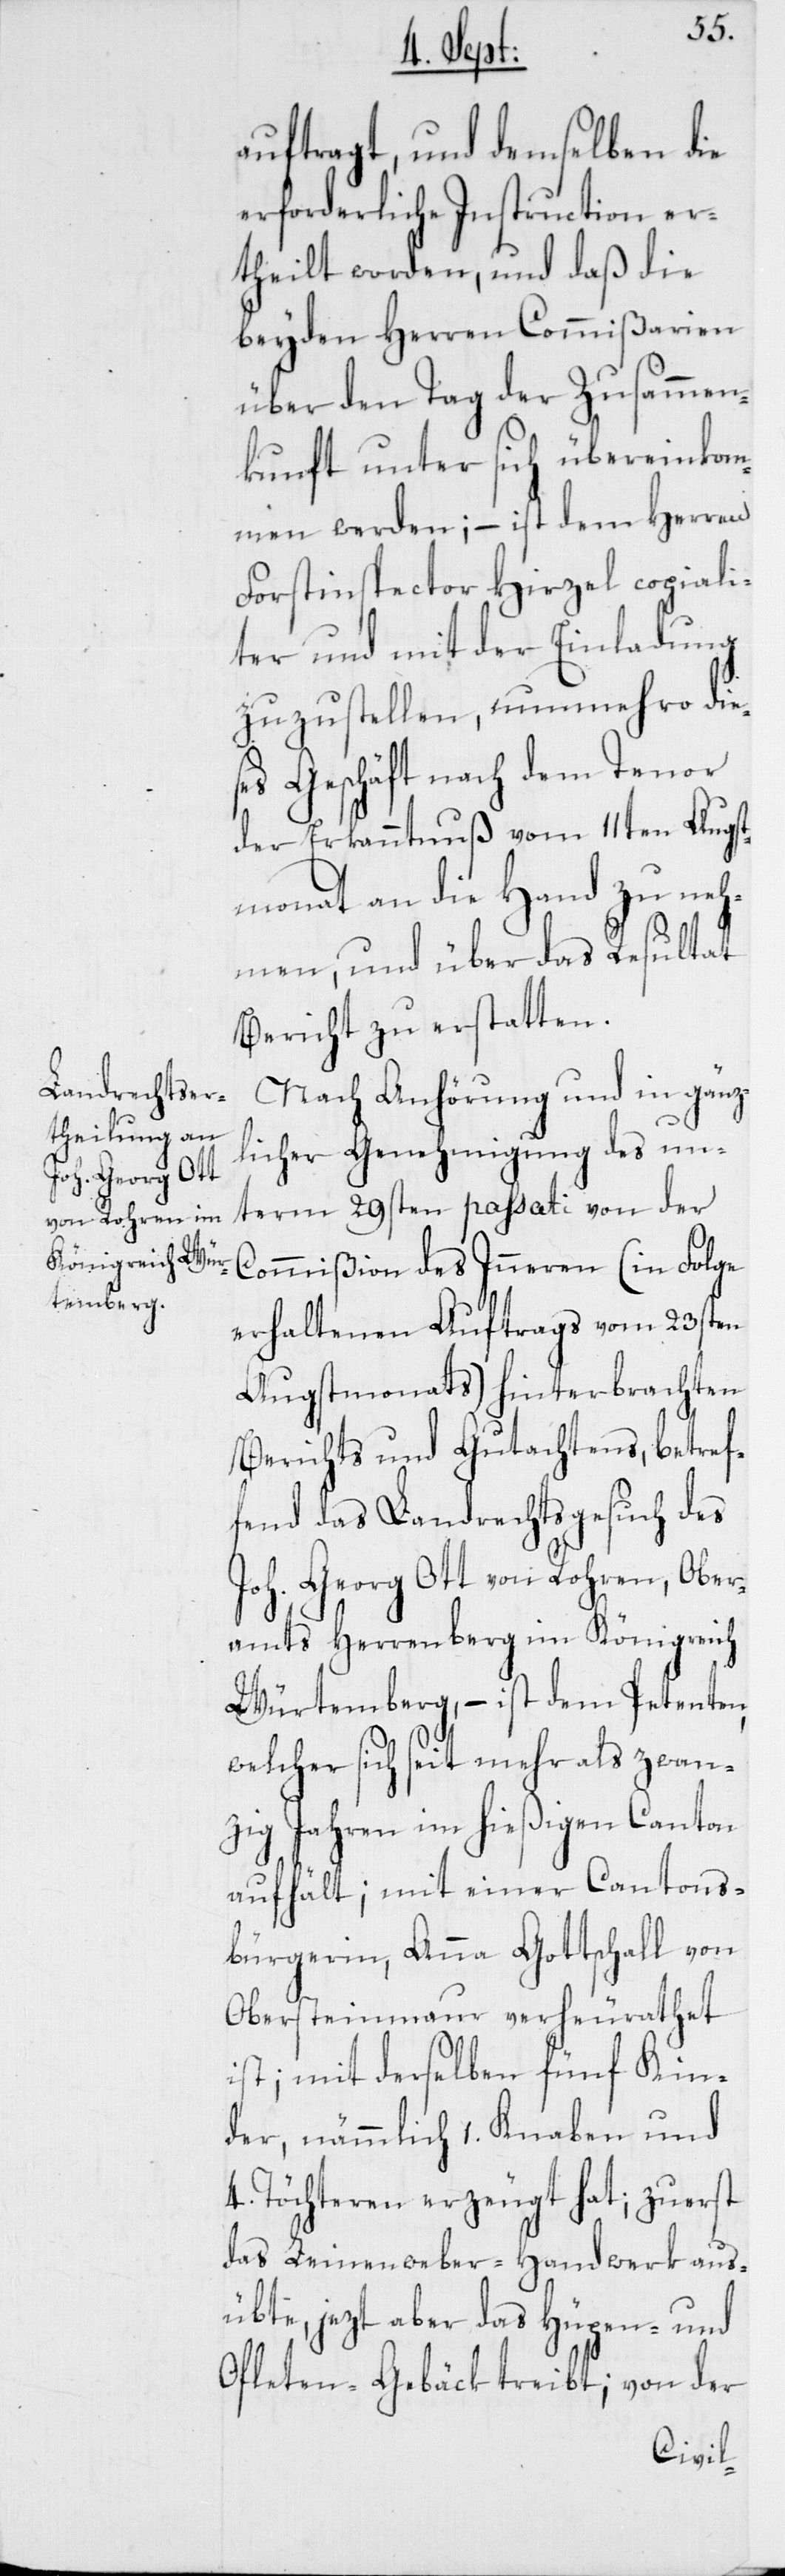
auftragt, und demselben die
erforderliche Instruction er¬
theilt worden, und daß die
beyden Herren Commißarien
über den Tag der Zusammen¬
kunft unter sich übereinkom¬
men werden; – ist dem Herren
Forstinspector Hirzel copiali¬
ter und mit der Einladung
zuzustellen, nunmehro dies¬
es Geschäft nach dem Tenor
der Erkanntnuß vom 11ten Augst¬
monat an die Hand zu neh¬
men, und über das Resultat
Bericht zu erstatten.
Nach Anhörung und in gänz¬
licher Genehmigung des un¬
term 29sten passati von der
Commißion des Inneren (in Folge
erhaltenen Auftrags vom 23sten
Augstmonats) hinterbrachten
Berichts und Gutachtens, betref¬
fend das Landrechtsgesuch des
Joh. Georg Ott von Rohren, Ober¬
amts Herrenberg im Königreich
Würtemberg, – ist dem Petenten,
welcher sich seit mehr als zwan¬
zig Jahren im hießigen Canton
aufhält; mit einer Cantons¬
bürgerin, Anna Gottschall von
Obersteinmaur verheurathet
ist; mit derselben fünf Kin¬
der, nämmlich 1. Knaben und
4. Töchteren erzeugt hat; zuerst
das Leinenweber-Handwerk aus¬
übte, jezt aber das Hüpen- und
Ofleten-Gebäck treibt; von der